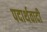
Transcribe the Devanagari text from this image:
पदार्थवादी